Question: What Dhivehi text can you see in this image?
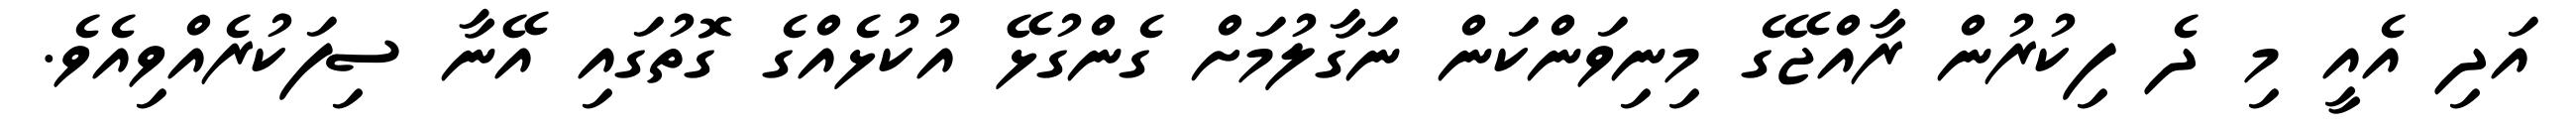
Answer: އަދި އެއީ މި ދެ ފިކުރުން ރާއްޖޭގެ މިނިވަންކަން ނަގާލުމަށް ގެންގުޅޭ އުކުޅެއްގެ ގޮތުގައި އޭނާ ސިފަކުރެއްވިއެވެ.